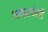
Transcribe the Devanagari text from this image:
आब्ज़रवेटरी